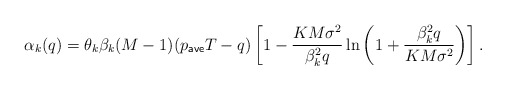
\begin{align*} \alpha_k(q)= \theta_k \beta_k (M-1) (p_{\sf ave} T - q) \left[1- \frac{K M \sigma^2}{\beta_k^2 q} \ln \left( 1+ \frac{\beta_k^2 q}{K M \sigma^2} \right) \right]. \end{align*}